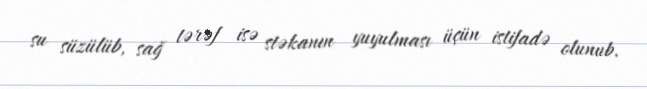
su süzülüb, sağ tərəf isə stəkanın yuyulması üçün istifadə olunub.